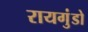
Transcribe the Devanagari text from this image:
रायगुंडो